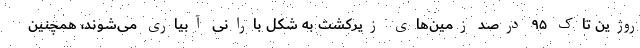
روژین تاک ۹۵ درصد زمین‌های زیرکشت به شکل بارانی آبیاری می‌شوند، همچنین